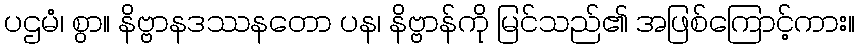
ပဌမံ၊ စွာ။ နိဗ္ဗာနဒဿနတော ပန၊ နိဗ္ဗာန်ကို မြင်သည်၏ အဖြစ်ကြောင့်ကား။